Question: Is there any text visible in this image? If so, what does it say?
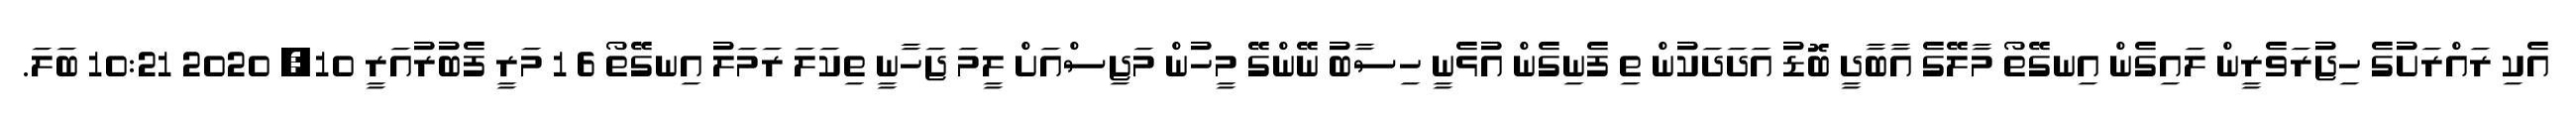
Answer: އެކި ރައްރަށުގެ ހިޖުރަވެރީން ލައިގެން އިނގޭތޯ މާލޭގެ އާބާދީ ބޮޑު އަދަދަކުން ތި ފެނިގެން އުޅެނީ ހިސާބު ނޭންގޭ މީހުން މަޖިސްއަށް ލީމަ ޖަހާނީ ތިކަލަ ރަމަލު އިނގޭތޯ 6 1 މަރީ ފެބުރުއަރީ 10, 2020 10:21 ބަލަ.